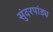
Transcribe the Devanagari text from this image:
सुंदरपांड्य